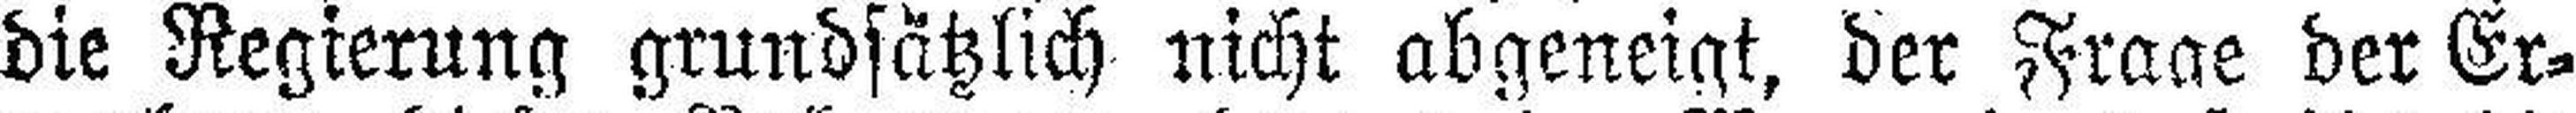
die Regierung grundsätzlich nicht abgeneigt, der Frage der Er¬